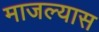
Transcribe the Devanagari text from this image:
माजल्यास